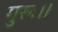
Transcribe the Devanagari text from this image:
गुरुः।।